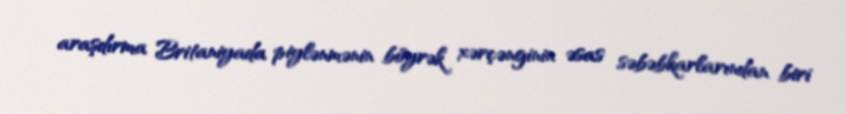
araşdırma Britaniyada piylənmənin böyrək xərçənginin əsas səbəbkarlarından biri